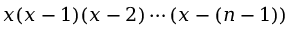
x ( x - 1 ) ( x - 2 ) \cdots ( x - ( n - 1 ) )